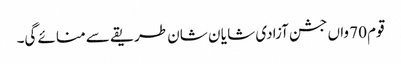
قوم 70 واں جشن آزادی شا یا ن شان طریقے سے منائے گی۔